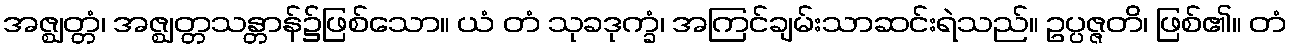
အဇ္ဈတ္တံ၊ အဇ္ဈတ္တသန္တာန်၌ဖြစ်သော။ ယံ တံ သုခဒုက္ခံ၊ အကြင်ချမ်းသာဆင်းရဲသည်။ ဥပ္ပဇ္ဇတိ၊ ဖြစ်၏။ တံ